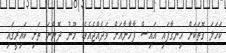
ކަހަލަ ގޮތަކަށް ހިނގާފައި އައިސް ފާހާނާއަށް ވަދެއްޖެއެވެ. މޫނު ދޮންނަ ތަށި ކައިރީގައި